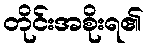
တိုင်းအစိုးရ၏